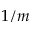
1 / m